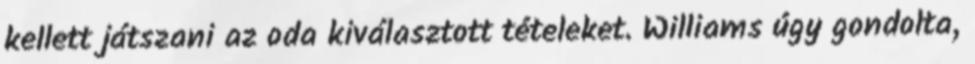
kellett játszani az oda kiválasztott tételeket. Williams úgy gondolta,